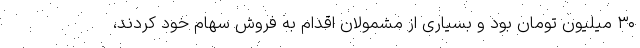
۳۰ میلیون تومان بود و بسیاری از مشمولان اقدام به فروش سهام خود کردند،